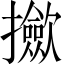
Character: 𢹦